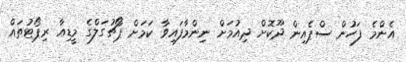
އެންމެ ފަހުން ސްޕެއިން ދޫކޮށް ދިއުމަށް ނިންމާފައިވާ ކަމަށް ޕޯޗުގަލްގެ މީޑިއާ ރިޕޯޓުތައް